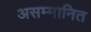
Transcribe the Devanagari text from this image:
असम्मानित